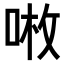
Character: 𠶣